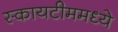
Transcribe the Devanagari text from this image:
स्कायटीममध्ये